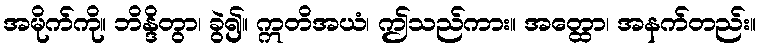
အမိုက်ကို။ ဘိန္ဒိတွာ၊ ခွဲ၍။ ဣတိအယံ၊ ဤသည်ကား။ အတ္ထော၊ အနက်တည်း။